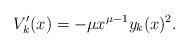
LaTeX: \begin{align*} V_k'(x)=-\mu x^{\mu-1}y_k(x)^2. \end{align*}